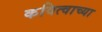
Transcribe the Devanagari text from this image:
कवित्वाच्या